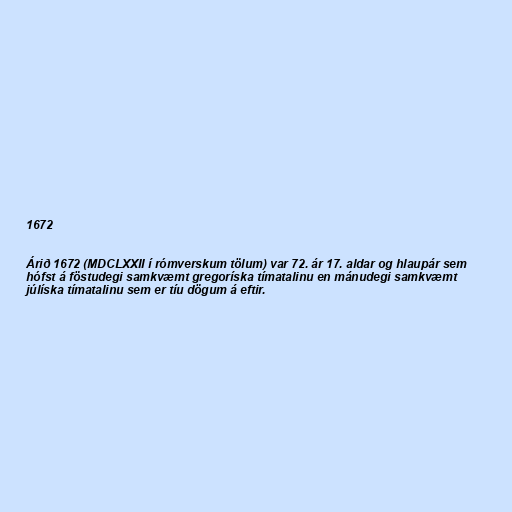
1672

Árið 1672 (MDCLXXII í rómverskum tölum) var 72. ár 17. aldar og hlaupár sem
hófst á föstudegi samkvæmt gregoríska tímatalinu en mánudegi samkvæmt
júlíska tímatalinu sem er tíu dögum á eftir.